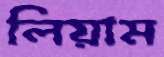
লিয়াম